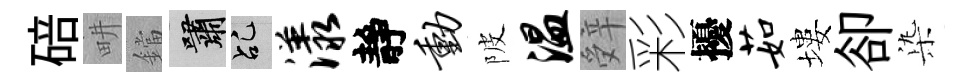
碚畊鐺嘯乩漾靜动陂温辤彩擾茹塿卻𣑱